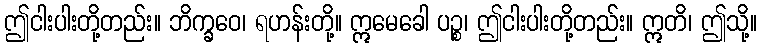
ဤငါးပါးတို့တည်း။ ဘိက္ခဝေ၊ ရဟန်းတို့။ ဣမေခေါ ပဉ္စ၊ ဤငါးပါးတို့တည်း။ ဣတိ၊ ဤသို့။